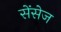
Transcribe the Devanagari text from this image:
सेंसेज